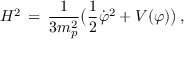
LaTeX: H ^ { 2 } \, = \, { \frac { 1 } { 3 m _ { p } ^ { 2 } } } \bigl ( { \frac { 1 } { 2 } } { \dot { \varphi } } ^ { 2 } + V ( \varphi ) \bigr ) \, ,